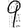
Digit: 9